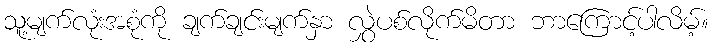
သူ့မျက်လုံးအစုံကို ချက်ချင်းမျက်နှာ လွှဲပစ်လိုက်မိတာ ဘာကြောင့်ပါလိမ့်။